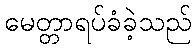
မေတ္တာရပ်ခံခဲ့သည်